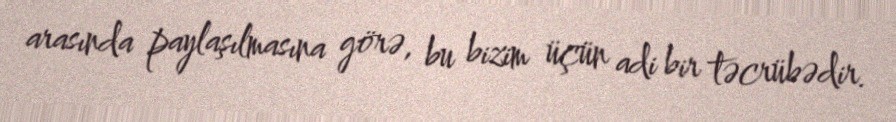
arasında paylaşılmasına görə, bu bizim üçün adi bir təcrübədir.